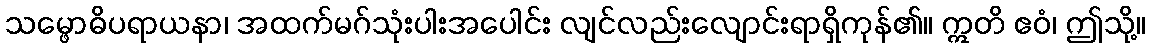
သမ္ဖောဓိပရာယနာ၊ အထက်မဂ်သုံးပါးအပေါင်း လျင်လည်းလျောင်းရာရှိကုန်၏။ ဣတိ ဧဝံ၊ ဤသို့။